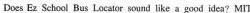
Does Ez Schoul Bus Locator sound like a gGod idea? MIT